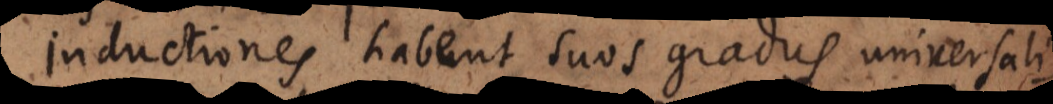
Inductiones habent suos gradus universali